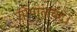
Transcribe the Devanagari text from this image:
गोपालचंद्र।